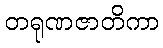
တရုဏဇာတိကာ